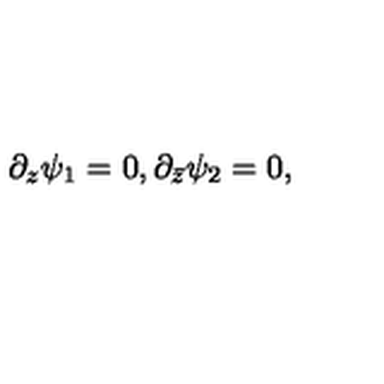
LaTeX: \partial _ { z } \psi _ { 1 } = 0 , \partial _ { \bar { z } } \psi _ { 2 } = 0 ,